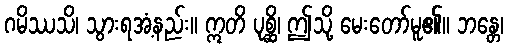
ဂမိဿသိ၊ သွားရအံ့နည်း။ ဣတိ ပုစ္ဆိ၊ ဤသို့ မေးတော်မူ၏။ ဘန္တေ၊